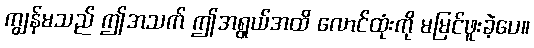
ကျွန်မသည် ဤအသက် ဤအရွယ်အထိ လောင်ထုံးကို မမြင်ဖူးခဲ့ပေ။